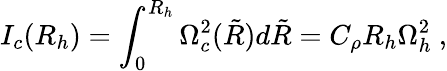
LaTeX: I_{c}(R_{h})=\int_{0}^{R_{h}}\Omega_{c}^{2}(\tilde{R})d\tilde{R}=C_{\rho}R_{h}\Omega_{h}^{2}\ ,